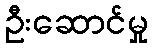
ဦးဆောင်မှု